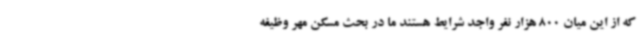
که از این میان 800 هزار نفر واجد شرایط هستند ما در بحث مسکن مهر وظیفه